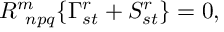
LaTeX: R _ { \; \; n p q } ^ { m } \{ \Gamma _ { s t } ^ { r } + S _ { s t } ^ { r } \} = 0 ,